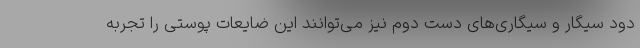
دود سیگار و سیگاری‌های دست دوم نیز می‌توانند این ضایعات پوستی را تجربه